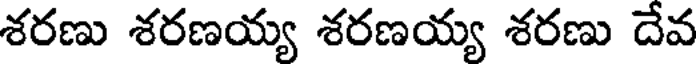
శరణు శరణయ్య శరణయ్య శరణు దేవ